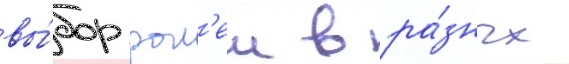
вы́бор рол'еи в ра́зных